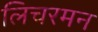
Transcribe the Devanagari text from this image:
लिचरमन